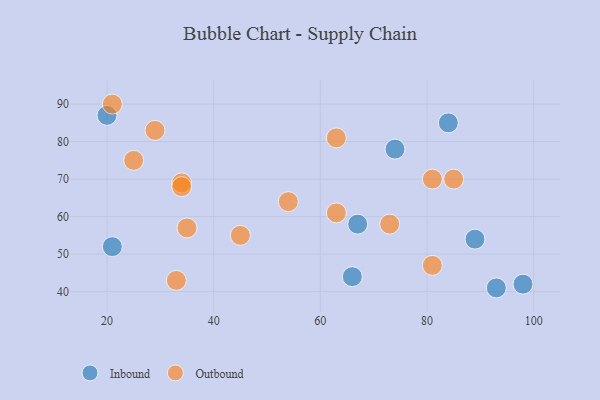
{"axis": {"x": "GDP", "y": "Life Expectancy"}, "legend": ["Inbound", "Outbound"], "data": [{"x": "98", "y": 42, "type": "Inbound"}, {"x": "93", "y": 41, "type": "Inbound"}, {"x": "67", "y": 58, "type": "Inbound"}, {"x": "74", "y": 78, "type": "Inbound"}, {"x": "21", "y": 52, "type": "Inbound"}, {"x": "84", "y": 85, "type": "Inbound"}, {"x": "66", "y": 44, "type": "Inbound"}, {"x": "89", "y": 54, "type": "Inbound"}, {"x": "20", "y": 87, "type": "Inbound"}, {"x": "73", "y": 58, "type": "Outbound"}, {"x": "54", "y": 64, "type": "Outbound"}, {"x": "33", "y": 43, "type": "Outbound"}, {"x": "35", "y": 57, "type": "Outbound"}, {"x": "29", "y": 83, "type": "Outbound"}, {"x": "63", "y": 61, "type": "Outbound"}, {"x": "34", "y": 69, "type": "Outbound"}, {"x": "63", "y": 81, "type": "Outbound"}, {"x": "85", "y": 70, "type": "Outbound"}, {"x": "45", "y": 55, "type": "Outbound"}, {"x": "21", "y": 90, "type": "Outbound"}, {"x": "34", "y": 68, "type": "Outbound"}, {"x": "81", "y": 47, "type": "Outbound"}, {"x": "81", "y": 70, "type": "Outbound"}, {"x": "25", "y": 75, "type": "Outbound"}]}